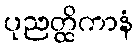
ပုညတ္ထိကာနံ